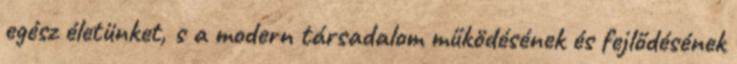
egész életünket, s a modern társadalom működésének és fejlődésének